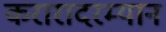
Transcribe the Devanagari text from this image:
करारादरम्यान